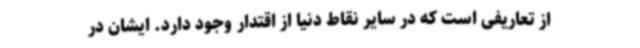
از تعاریفی است که در سایر نقاط دنیا از اقتدار وجود دارد. ایشان در